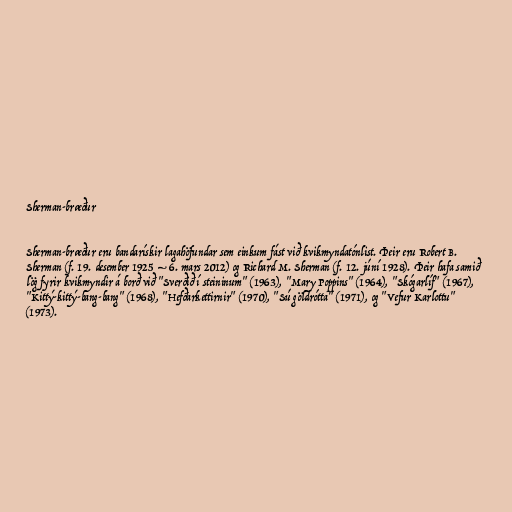
Sherman-bræður

Sherman-bræður eru bandarískir lagahöfundar sem einkum fást við kvikmyndatónlist. Þeir eru Robert B.
Sherman (f. 19. desember 1925 – 6. mars 2012) og Richard M. Sherman (f. 12. júní 1928). Þeir hafa samið
lög fyrir kvikmyndir á borð við "Sverðið í steininum" (1963), "Mary Poppins" (1964), "Skógarlíf" (1967),
"Kittý-kittý-bang-bang" (1968), "Hefðarkettirnir" (1970), "Sú göldrótta" (1971), og "Vefur Karlottu"
(1973).